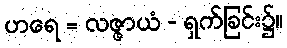
ဟရေ = လဇ္ဇာယံ - ရှက်ခြင်း၌။